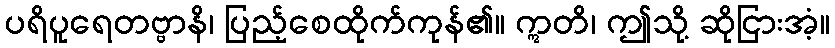
ပရိပူရေတဗ္ဗာနိ၊ ပြည့်စေထိုက်ကုန်၏။ ဣတိ၊ ဤသို့ ဆိုငြားအံ့။